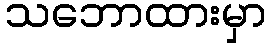
သဘောထားမှာ